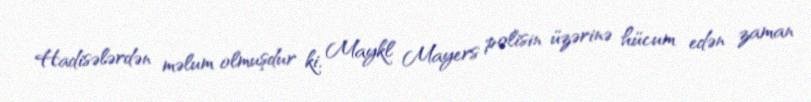
Hadisələrdən məlum olmuşdur ki, Maykl Mayers polisin üzərinə hücum edən zaman